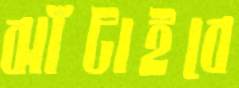
ঝাঁটাইবে